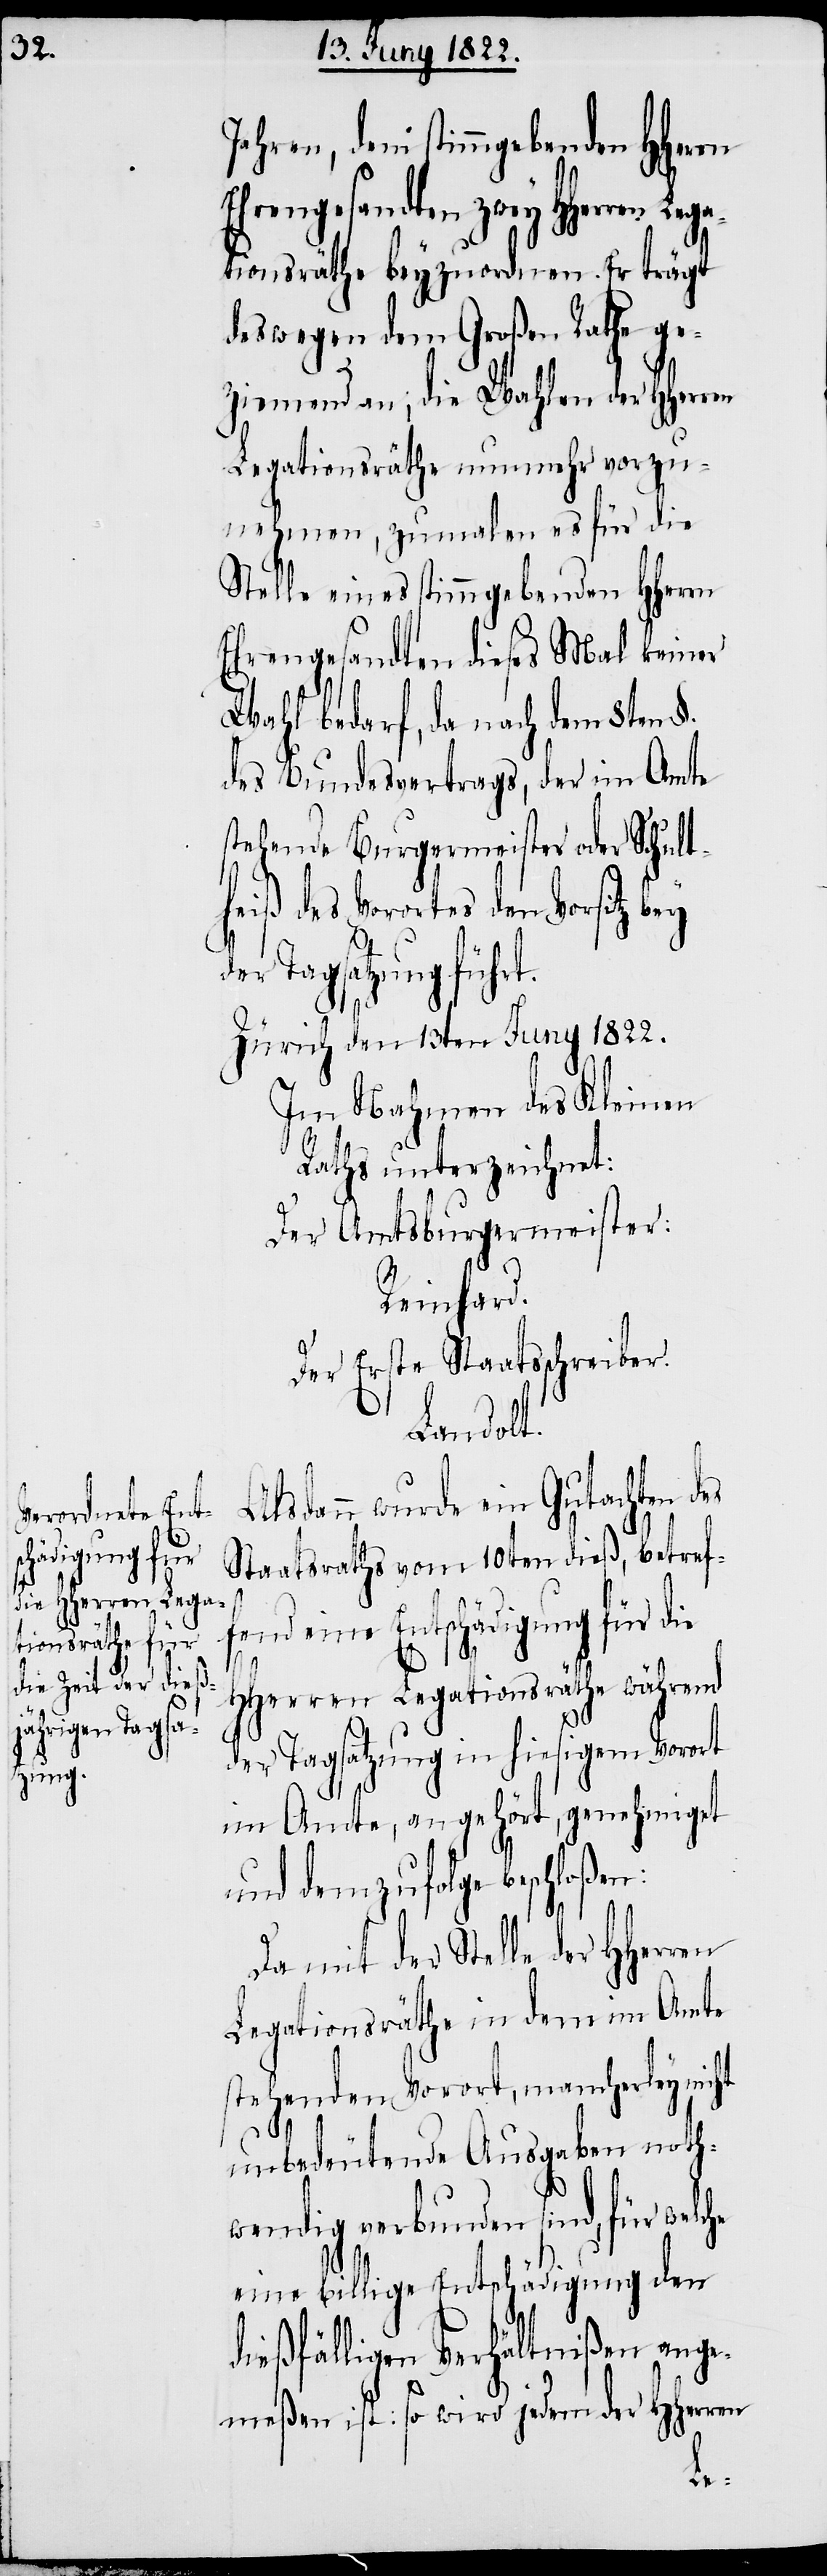
Jahren, dem stimmgebenden HHerrn
Ehrengesandten zwey HHerren Le¬
tionsräthe beyzuordnen. Er trägt
deswegen dem Großen Rathe ge¬
ziemend an, die Wahlen der HHerren
Legationsräthe nunmehr vorzu¬
nehmen, zumalen es für die
Stelle eines stimmgebenden HHerren
Ehrengesandten dieses Mal keiner
Wahl bedarf, da nach dem 8ten
des Bundesvertrages, der im Amte
stehende Burgermeister oder Schult¬
heiß des Vorortes den Vorsitz bey
er Tagsatzung führ¬
Zürich den 13ten Juny 1822.
Im Nahmen des Kleinen
Der Amtsburgermeister.
Reinhard.
Der Erste Staatsschreiber.
Landolt.
Alsdann wurde ein Gutachten des
Staatsrathes vom 10ten dieß, betref¬
fend eine Entschädigung für die
HHerren Legationsräthe während
der Tagsatzung in hiesigem Vorort
im Amte, angehört, genehmiget
und demzufolge beschloßen:
Da mit der Stelle der
Legationsräthe in dem Amte
stehenden Vorort, mancherley nicht
unbedeutende Ausgaben noth¬
wendig verbunden sind, für
eine billige Entschädigung den
dießfälligen Verhältnißen ange¬
meßen ist: so wird jedem der HHerren
t.